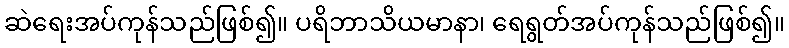
ဆဲရေးအပ်ကုန်သည်ဖြစ်၍။ ပရိဘာသိယမာနာ၊ ရေရွတ်အပ်ကုန်သည်ဖြစ်၍။